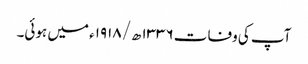
آپ کی وفات ۱۳۳۶ھ/۱۹۱۸ء میں ہوئی۔